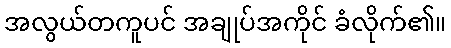
အလွယ်တကူပင် အချုပ်အကိုင် ခံလိုက်၏။